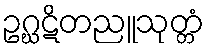
ဥဂ္ဃဋိတညူသုတ္တံ